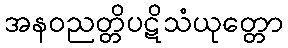
အနဝညတ္တိပဋိသံယုတ္တော